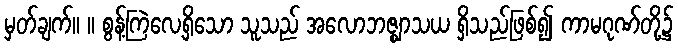
မှတ်ချက်။ ။ စွန့်ကြဲလေ့ရှိသော သူသည် အလောဘဇ္ဈာသယ ရှိသည်ဖြစ်၍ ကာမဂုဏ်တို့၌